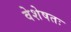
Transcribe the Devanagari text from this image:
वेशेषतः